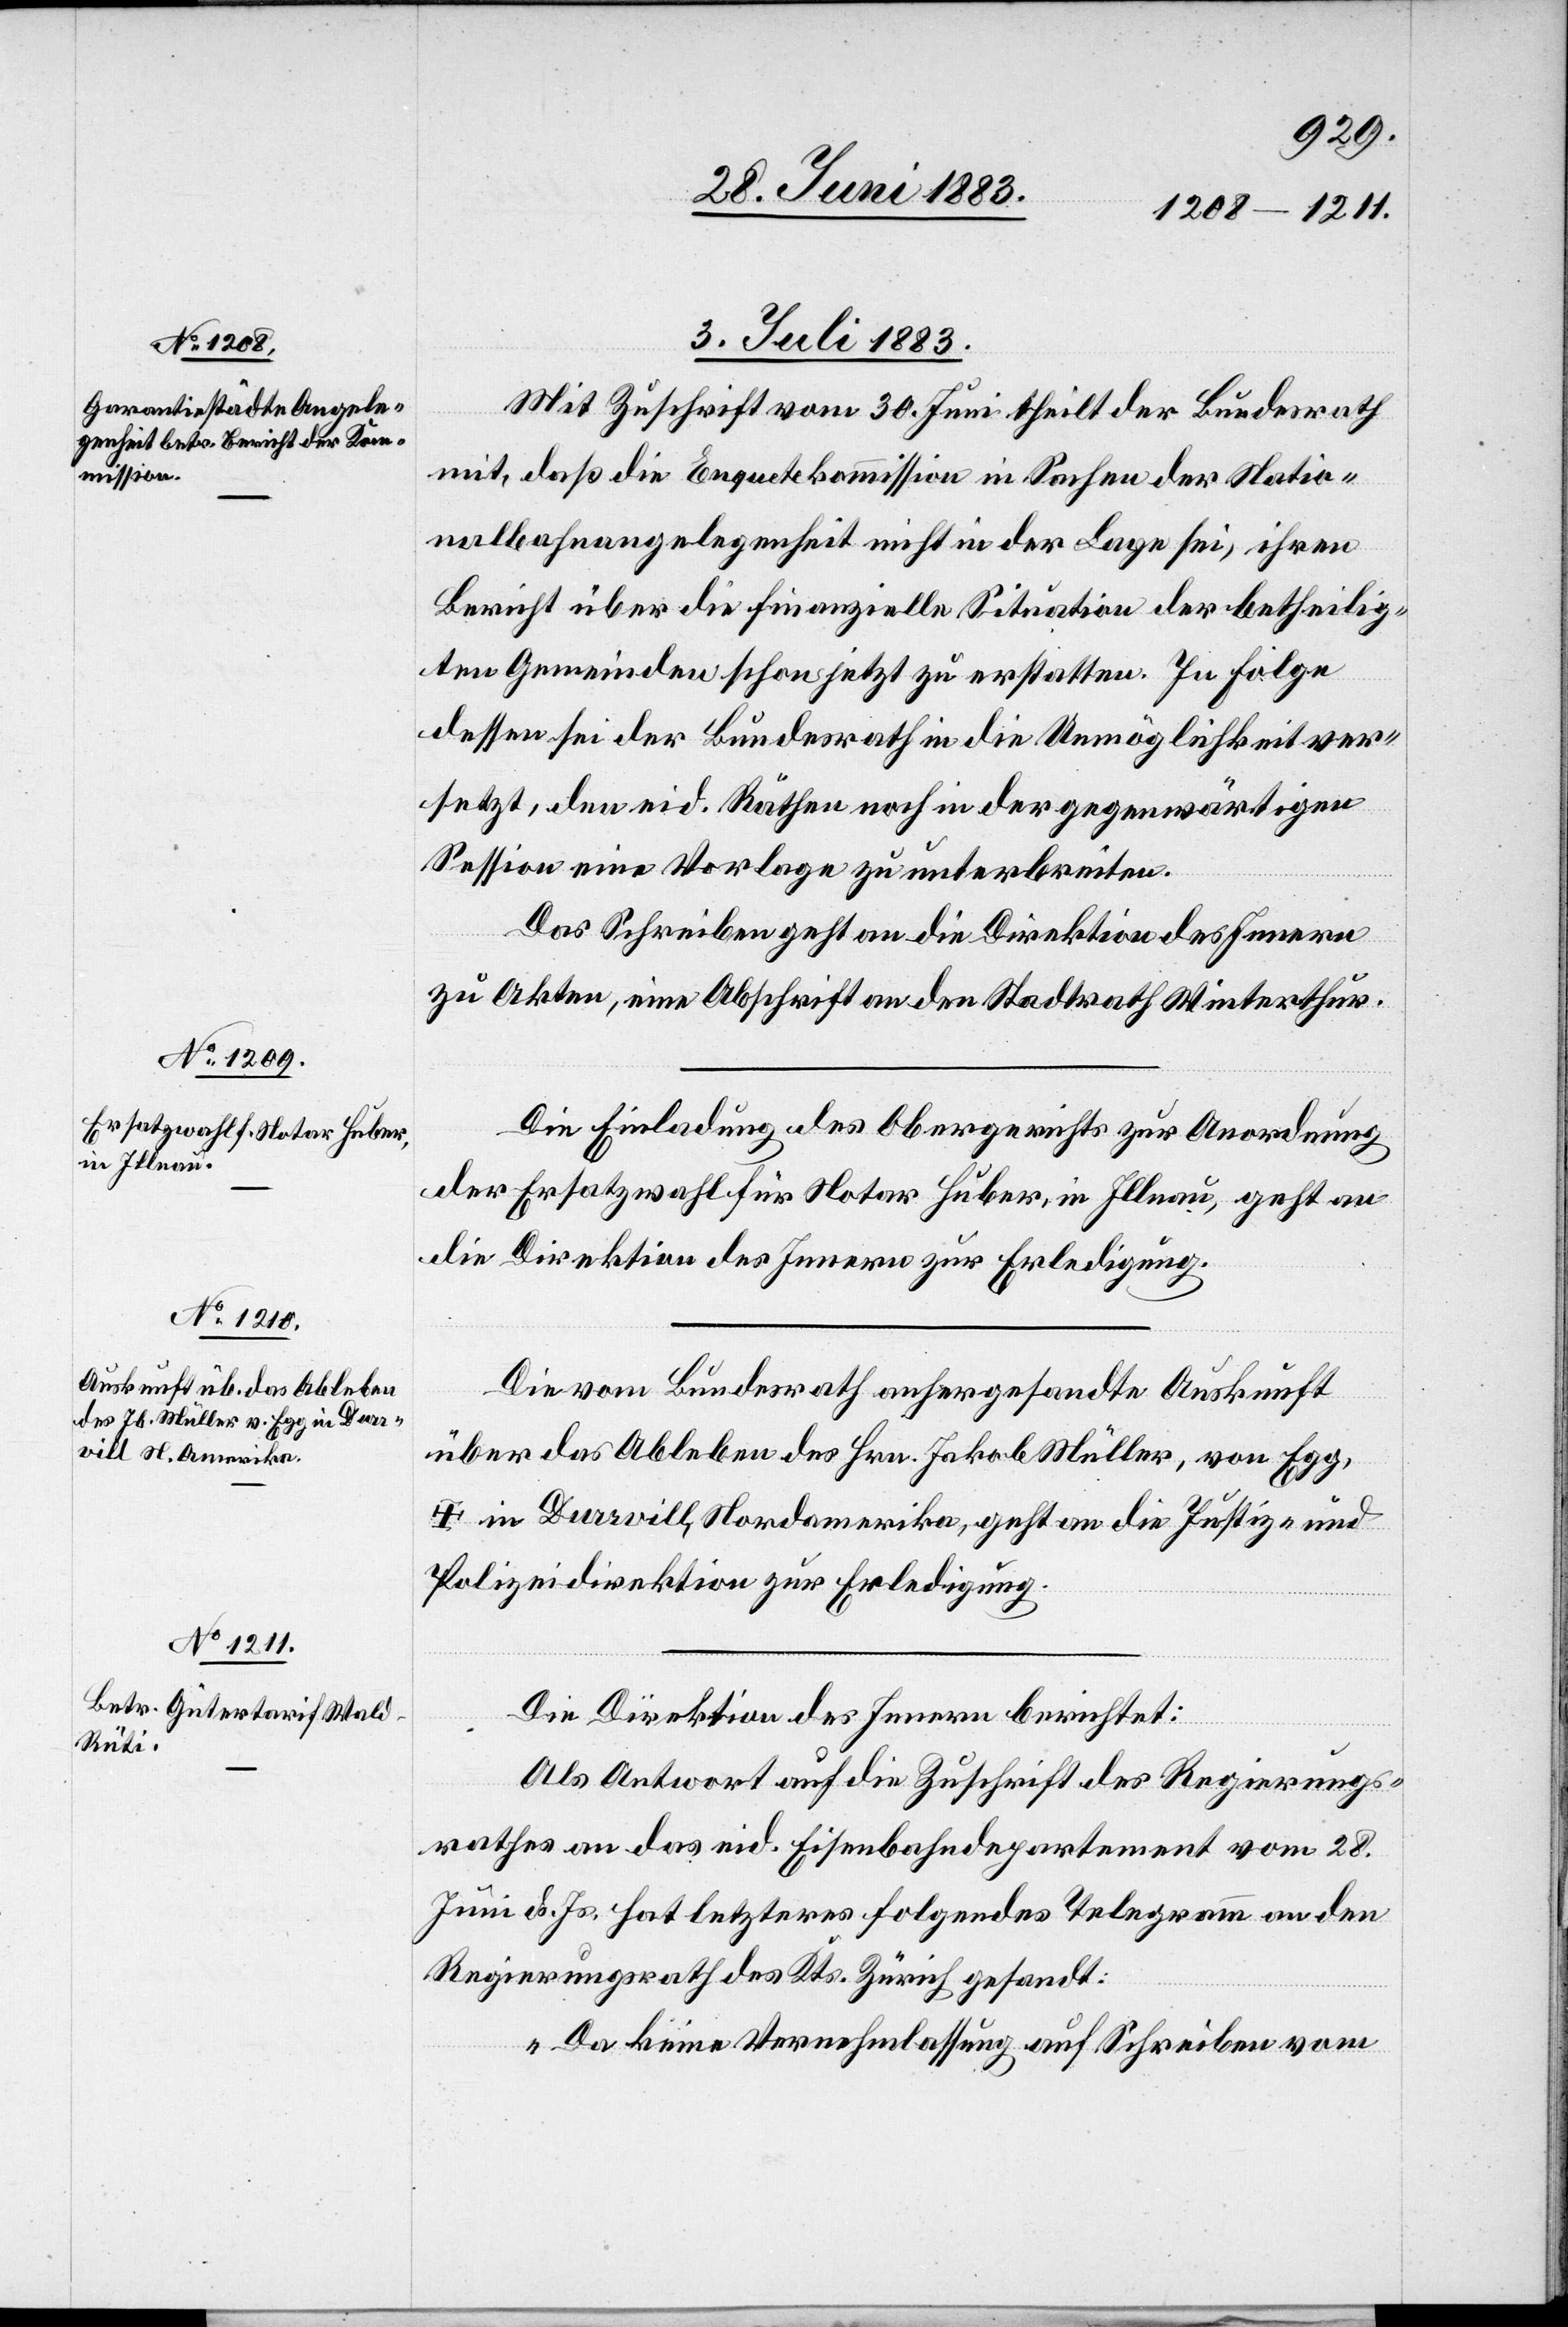
3. Juli 1883.]
Mit Zuschrift vom 30. Juni theilt der Bundesrath
mit, daß die Enquetekommission in Sachen der Natio¬
nalbahnangelegenheit nicht in der Lage sei, ihren
Bericht über die finanzielle Situation der betheilig¬
ten Gemeinden schon jetzt zu erstatten. In Folge
dessen sei der Bundesrath in die Unmöglichkeit ver¬
setzt, den eid. Räthen noch in der gegenwärtigen
Session eine Vorlage zu unterbreiten.
Das Schreiben geht an die Direktion des Innern
zu Akten, eine Abschrift an den Stadtrath Winterthur.
Die Einladung des Obergerichts zur Anordnung
der Ersatzwahl für Notar Huber, in Illnau, geht an
die Direktion des Innern zur Erledigung.
Die vom Bundesrath anhergesandte Auskunft
über das Ableben des Hrn. Jakob Müller, von Egg,
† in Durvill, Nordamerika, geht an die Justiz- &
Polizeidirektion zur Erledigung.
Die Direktion des Innern berichtet:
Als Antwort auf die Zuschrift des Regierungs¬
rathes an das eid. Eisenbahndepartement vom 28.
Juni d. Js. hat letzteres folgendes Telegramm an den
Regierungsrath des Kts. Zürich gesandt:
„Da keine Vernehmlassung auf Schreiben vom